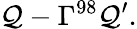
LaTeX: {\cal Q}-\Gamma^{98}{\cal Q}^{\prime}.